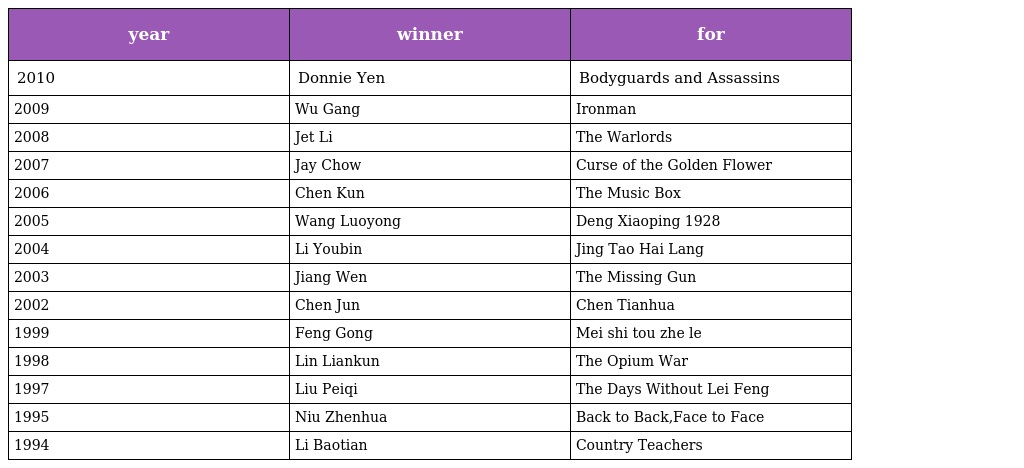
| year | winner | for |
 | --- | --- | --- |
 | 2010 | Donnie Yen | Bodyguards and Assassins |
 | 2009 | Wu Gang | Ironman |
 | 2008 | Jet Li | The Warlords |
 | 2007 | Jay Chow | Curse of the Golden Flower |
 | 2006 | Chen Kun | The Music Box |
 | 2005 | Wang Luoyong | Deng Xiaoping 1928 |
 | 2004 | Li Youbin | Jing Tao Hai Lang |
 | 2003 | Jiang Wen | The Missing Gun |
 | 2002 | Chen Jun | Chen Tianhua |
 | 1999 | Feng Gong | Mei shi tou zhe le |
 | 1998 | Lin Liankun | The Opium War |
 | 1997 | Liu Peiqi | The Days Without Lei Feng |
 | 1995 | Niu Zhenhua | Back to Back,Face to Face |
 | 1994 | Li Baotian | Country Teachers |